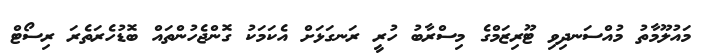
މައުލޫމާތު މުއްސަނދިވި ޓޫރިޒަމްގެ މިސްރާބު ހުރީ ރަނގަޅަށް އެކަމަަކު ގޮންޖެހުންތައް ބޮޑުހެރަތެރަ ރިސޯޓް